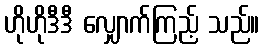
ဟိုဟိုဒီဒီ လျှောက်ကြည့် သည်။